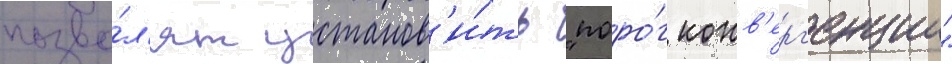
позво́л'ят установ'и́ть "поро́г конв'ерг'енции"